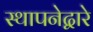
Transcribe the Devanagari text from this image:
स्थापनेद्वारे